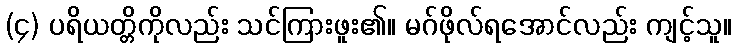
(၄) ပရိယတ္တိကိုလည်း သင်ကြားဖူး၏။ မဂ်ဖိုလ်ရအောင်လည်း ကျင့်သူ။